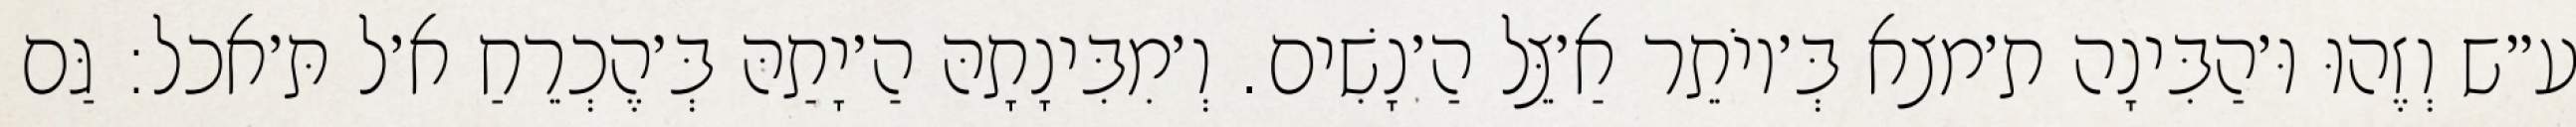
ע״ש וְזֶהוּ וּ׳הַבִּינָה ת׳מצא בְּ׳יוֹתֵר אַ׳צֵּל הַ׳נָשִׁים. וְ׳מִבִּינָתָהּ הַ׳יָתַהּ בְּ׳הֶכְרֵחַ א׳ל תּ׳אכל: גַּם